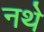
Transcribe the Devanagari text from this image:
नथे